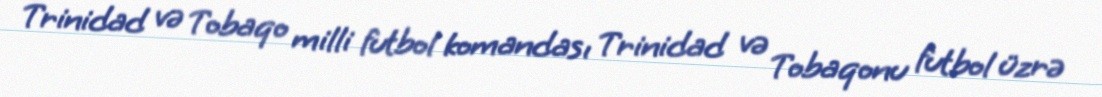
Trinidad və Tobaqo milli futbol komandası Trinidad və Tobaqonu futbol üzrə